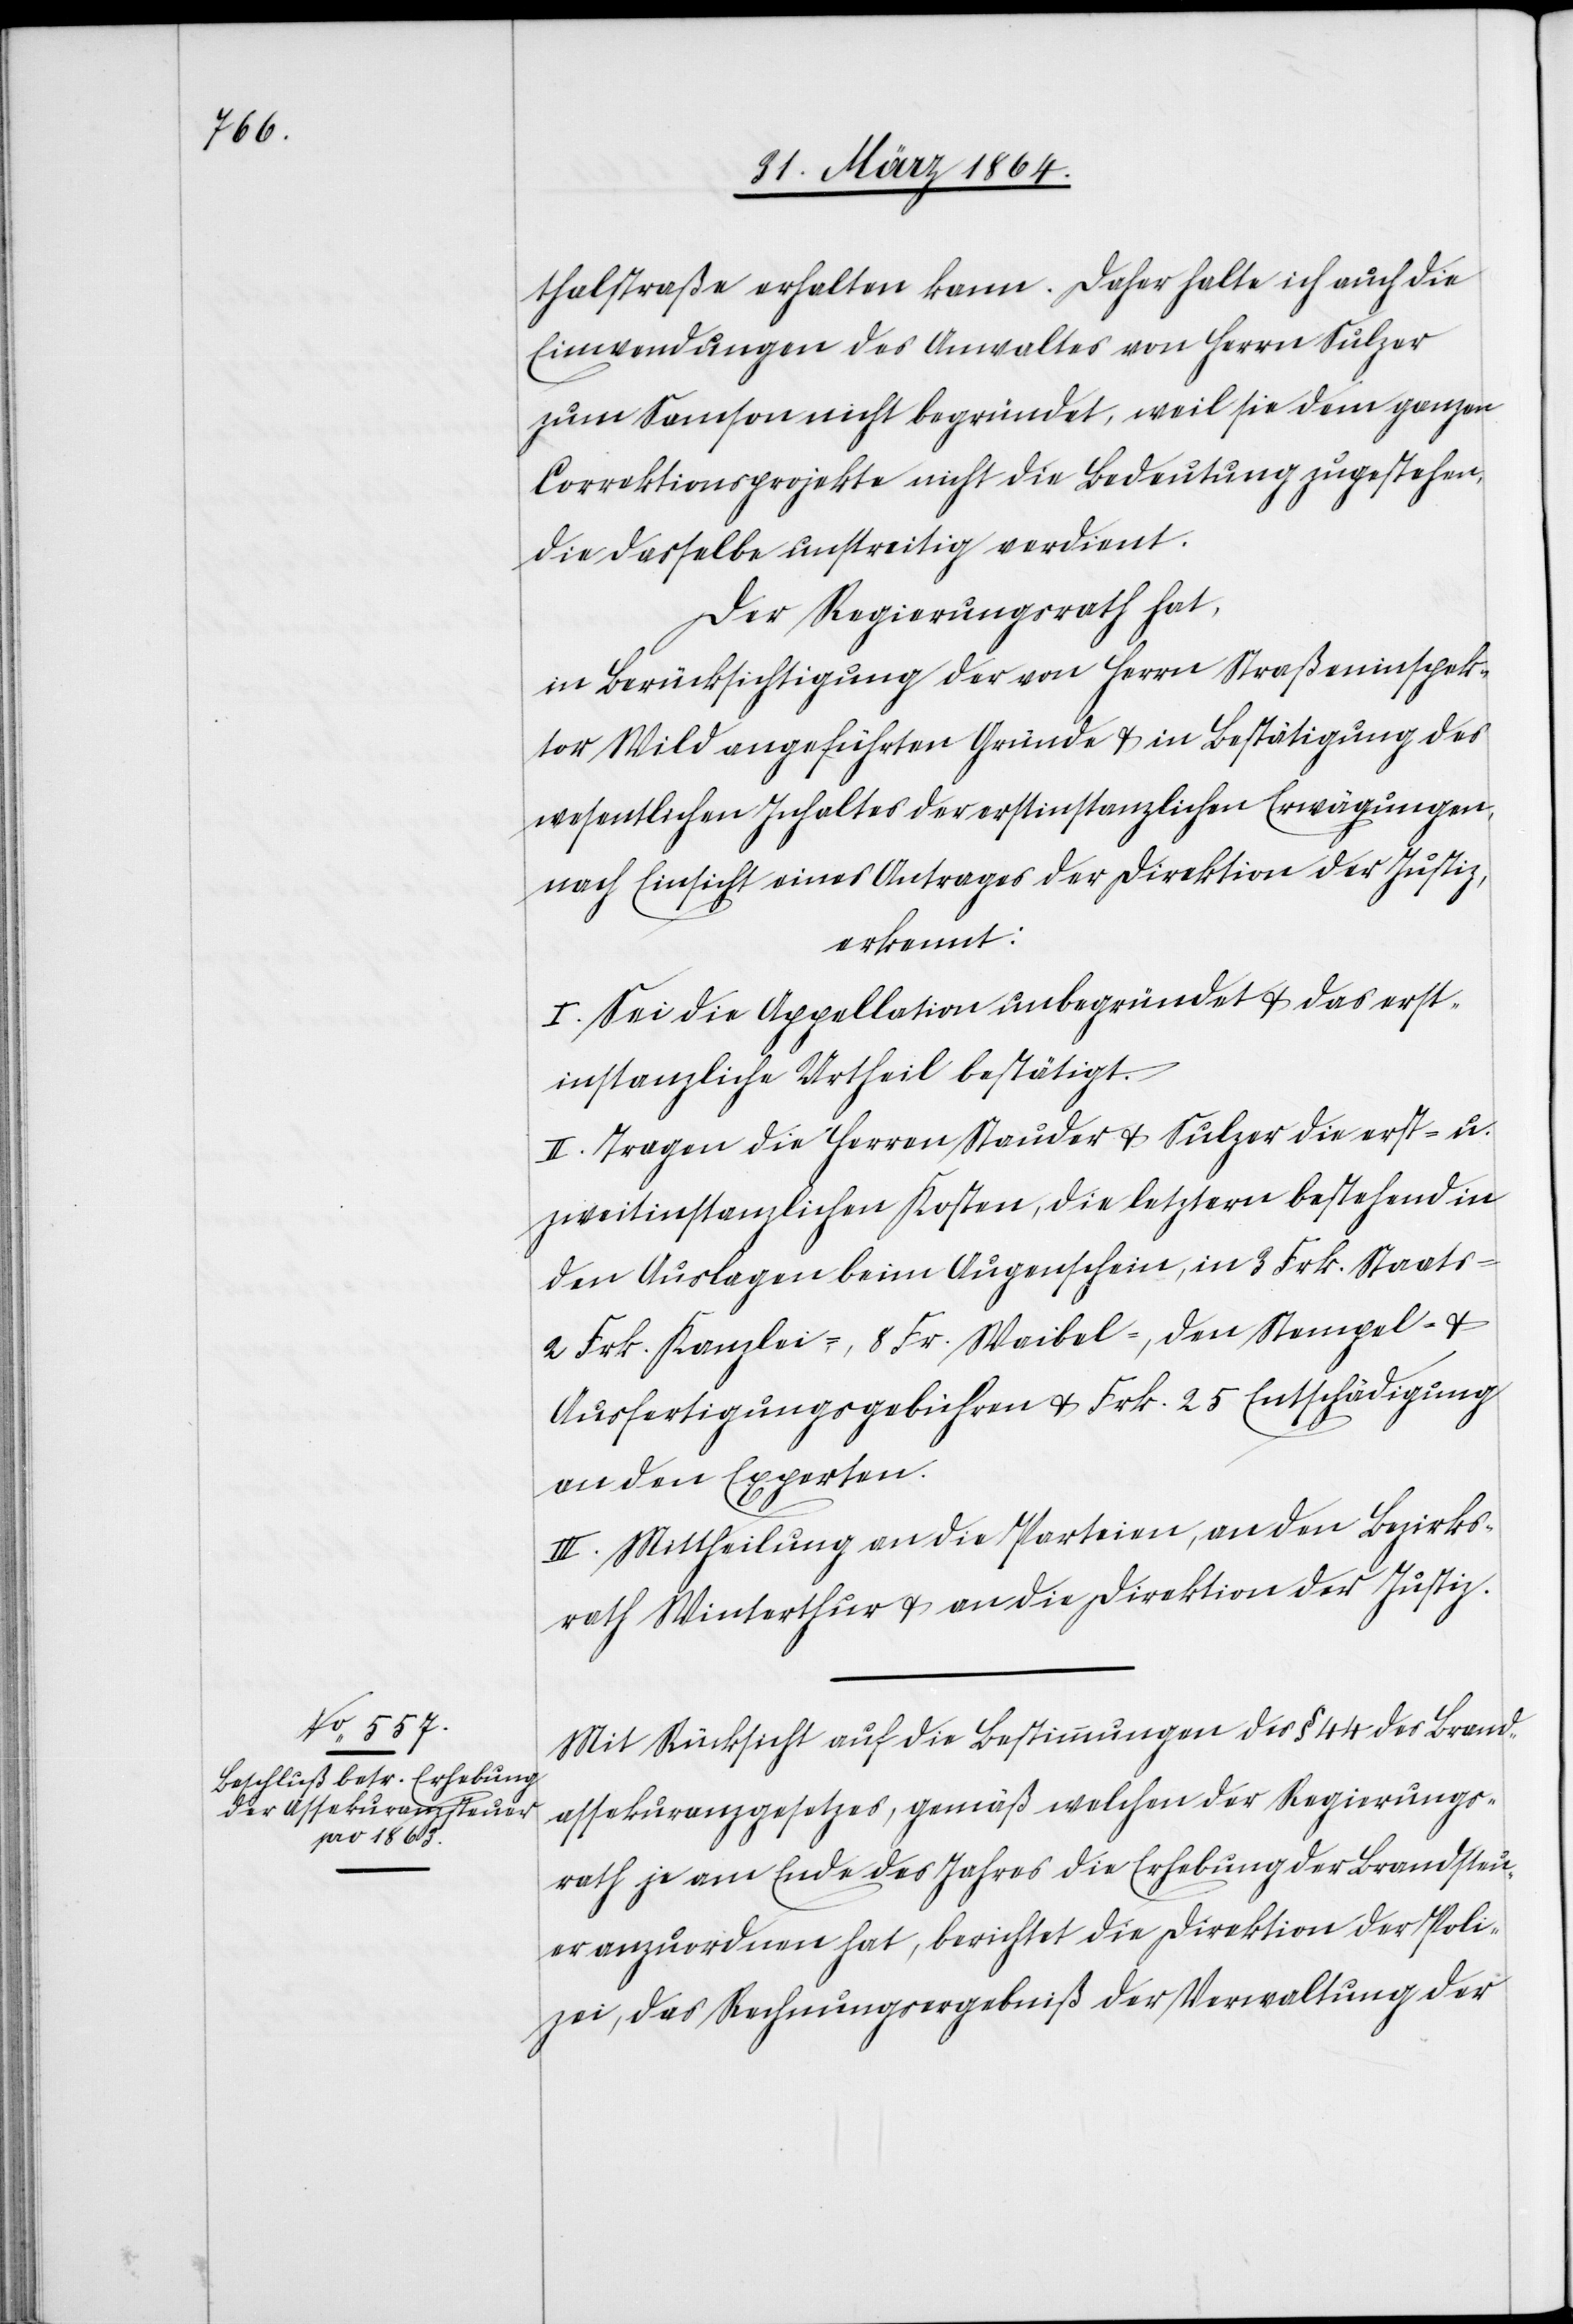
thalstraße erhalten kann. Daher halte ich auch die
Einwendungen des Anwaltes von Herrn Sulzer
zum Samson nicht begründet, weil sie dem ganzen
Correktionsprojekte nicht die Bedeutung zugestehen,
die dasselbe unstreitig verdient.
Der Regierungsrath hat,
in Berücksichtigung der von Herrn Straßeninspek¬
tor Wild angeführten Gründe u. in Bestätigung des
wesentlichen Inhaltes der erstinstanzlichen Erwägungen,
nach Einsicht eines Antrages der Direktion der Justiz,
erkennt
I. Sei die Appellation unbegründet u. das erst¬
instanzliche Urtheil bestätigt.
II. Tragen die Herren Stauder u. Sulzer die erst- u.
zweitinstanzlichen Kosten, die letztern bestehend in
den Auslagen beim Augenschein, in 3 Frk. Staats-[,]
2 Frk. Kanzlei-, 8 Fr. Waibel-, den Stempel- u.
Ausfertigungsgebühren u. Frk. 25 Entschädigung
an den Experten.
III. Mittheilung an die Parteien an den Bezirks¬
rath Winterthur u. an die Direktion der Justiz.
Mit Rücksicht auf die Bestimmungen des § 44 des Brand¬
assekuranzgesetzes, gemäß welchen der Regierungs¬
rath je am Ende des Jahres die Erhebung der Brandsteu¬
er anzuordnen hat, berichtet die Direktion der Poli¬
zei, das Rechnungsergebniß der Verwaltung der